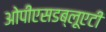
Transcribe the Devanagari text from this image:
ओपीएसडब्लूएटी